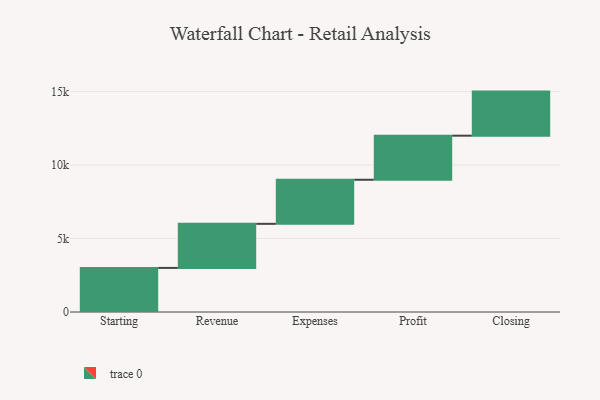
{"axis": {"x": "Step", "y": "Value"}, "legend": [""], "data": [{"x": "Starting", "y": 3000, "type": ""}, {"x": "Revenue", "y": 3000, "type": ""}, {"x": "Expenses", "y": 3000, "type": ""}, {"x": "Profit", "y": 3000, "type": ""}, {"x": "Closing", "y": 3000, "type": ""}]}